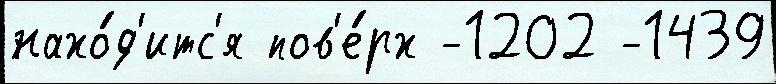
нахо́д'итс'я пов'е́рх -1202 -1439